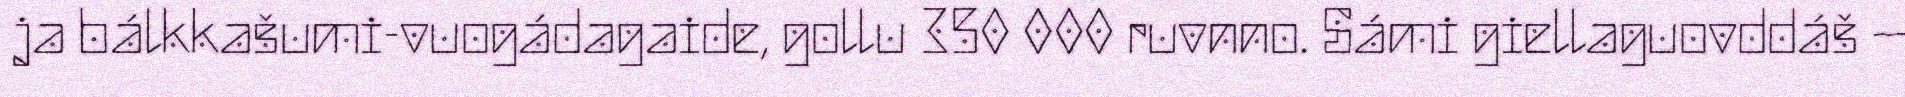
ja bálkkašumi-vuogádagaide, gollu 350 000 ruvnno. Sámi giellaguovddáš –